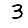
Digit: 3